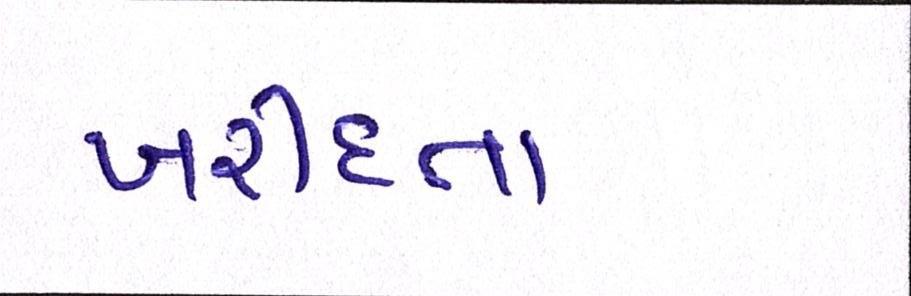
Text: ખરીદતા